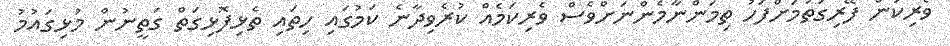
ވެރިކަން ފޭރިގަތުމަށްފަހު ތިމަންނާމެންނަށްވެސް ވެރިކަމެއް ކުރެވިދާނެ ކަމުގައި ހިތައި ތެޅިފޮޅިގަތް ގަތީނުން މުޅިގައުމު